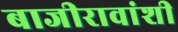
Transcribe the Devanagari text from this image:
बाजीरावांशी